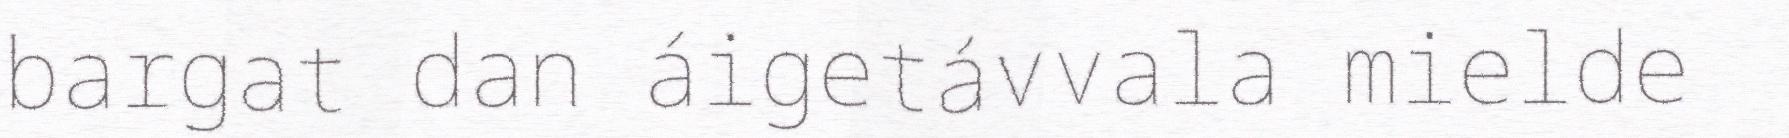
bargat dan áigetávvala mielde